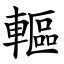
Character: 䡱